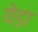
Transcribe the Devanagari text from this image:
येड़ा